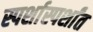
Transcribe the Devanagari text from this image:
स्पर्शास्पर्शांत